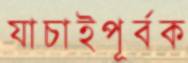
যাচাইপূর্বক